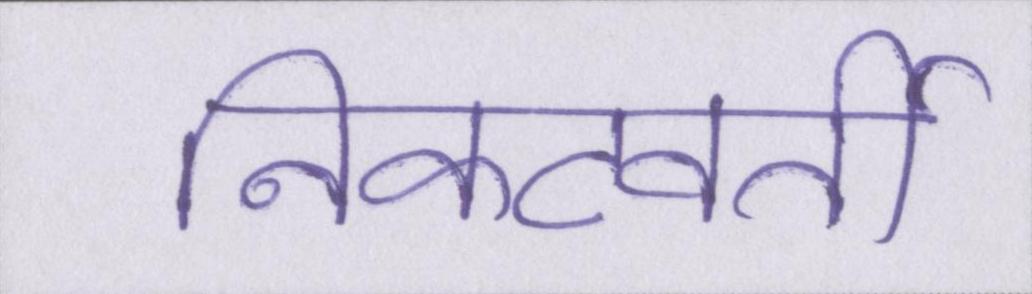
निकटवर्ती